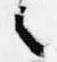
之